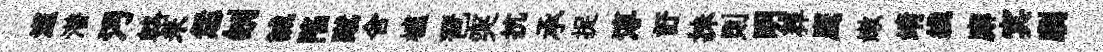
澨潜沔輅未恁刎誠陷蹴舍櫨琶突抗承捉淳訏抺則明葬鹰嫩靖綫廨㝠劘